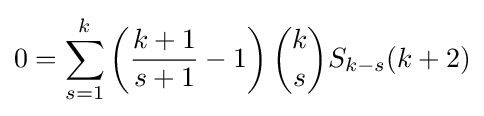
0=\sum _{s=1}^{k}\left({\frac {k+1}{s+1}}-1\right){\binom {k}{s}}S_{k-s}(k+2)